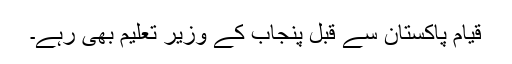
قیام پاکستان سے قبل پنجاب کے وزیر تعلیم بھی رہے۔